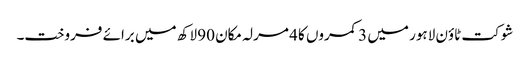
شوکت ٹاؤن لاہور میں 3 کمروں کا 4 مرلہ مکان 90 لاکھ میں برائے فروخت۔